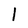
Character: l